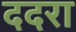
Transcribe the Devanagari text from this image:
ददरा